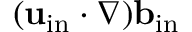
( { \bf { u } } _ { \mathrm { { i n } } } \cdot \nabla ) { \bf { b } } _ { \mathrm { { i n } } }